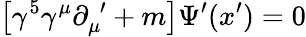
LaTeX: \left[\gamma^{5}\gamma^{\mu}\partial_{\mu}^{\, \, \prime}+m\right]\Psi^{\prime}(x^{\prime})=0